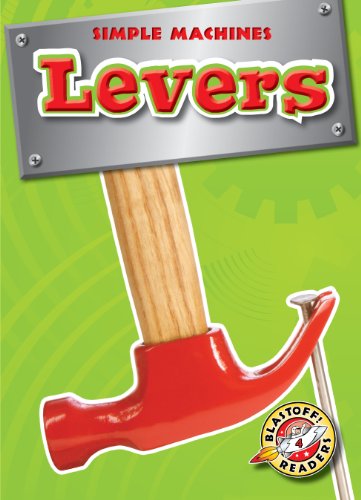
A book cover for Levers (Blastoff! Readers: Simple Machines); Kay Manolis; Children's Books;